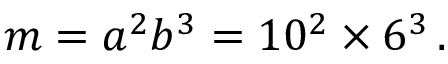
m = a ^ { 2 } b ^ { 3 } = 1 0 ^ { 2 } \times 6 ^ { 3 } \, .